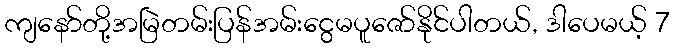
ကျနော်တို့အမြဲတမ်းပြန်အမ်းငွေမပူဇော်နိုင်ပါတယ်, ဒါပေမယ့် 7